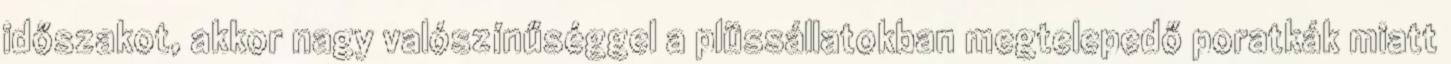
időszakot, akkor nagy valószínűséggel a plüssállatokban megtelepedő poratkák miatt